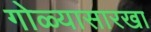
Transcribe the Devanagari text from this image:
गोळ्यासारखा